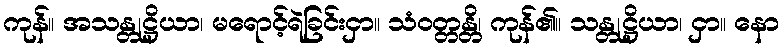
ကုန်။ အသန္တုဋ္ဌိယာ၊ မရောင့်ရဲခြင်းငှာ။ သံဝတ္တန္တိ၊ ကုန်၏။ သန္တုဋ္ဌိယာ၊ ငှာ။ နော